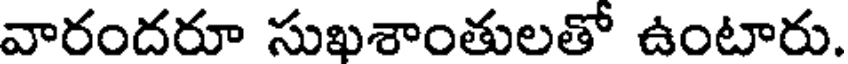
వారందరూ సుఖశాంతులతో ఉంటారు.